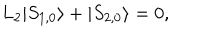
L _ { 2 } | S _ { 1 , 0 } \rangle + | S _ { 2 , 0 } \rangle = 0 ,